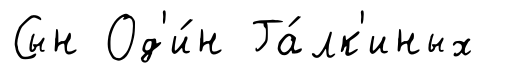
Сын Од'и́н Га́лк'иных